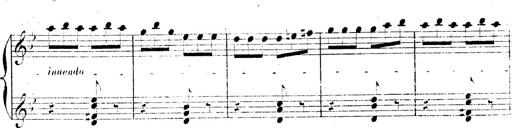
Title: AnnÃ©es de pÃ¨lerinage II, SupplÃ©ment
Composer: Franz Liszt